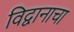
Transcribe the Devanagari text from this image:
विद्वानाचा